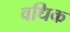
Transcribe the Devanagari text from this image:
वधिक